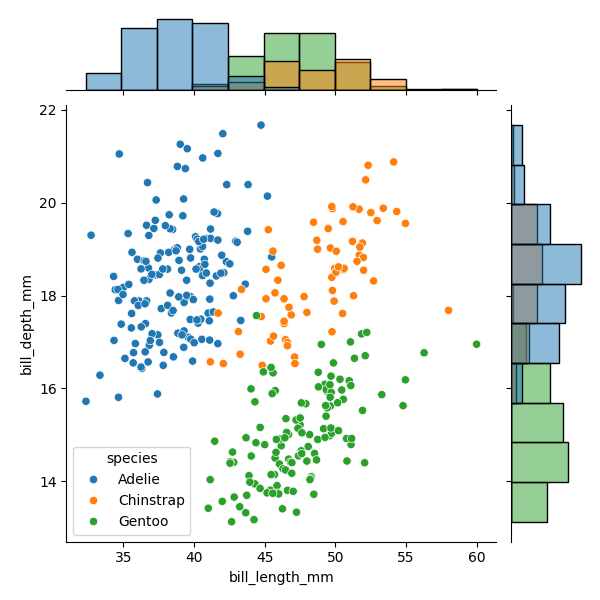
python, seaborn, JointGrid, scatterplot, histplot, hue